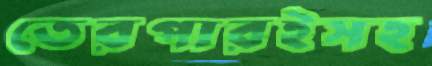
তেরপারইসহ